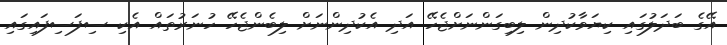
އޭގެ ބަދަލުގައި ކިޔަވާކުދިން ލިބިގަންނަށްޖެހޭ އަދި އެކުދިންނަށް ލިބެންޖެހޭ ހުނަރުތައް އެކި ސިފަސިފައިގައި